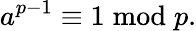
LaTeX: a^{p-1}\equiv 1{\bmod{p}}.